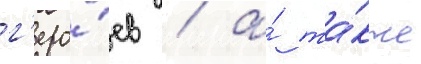
г'еро́ев / а́ та́кже